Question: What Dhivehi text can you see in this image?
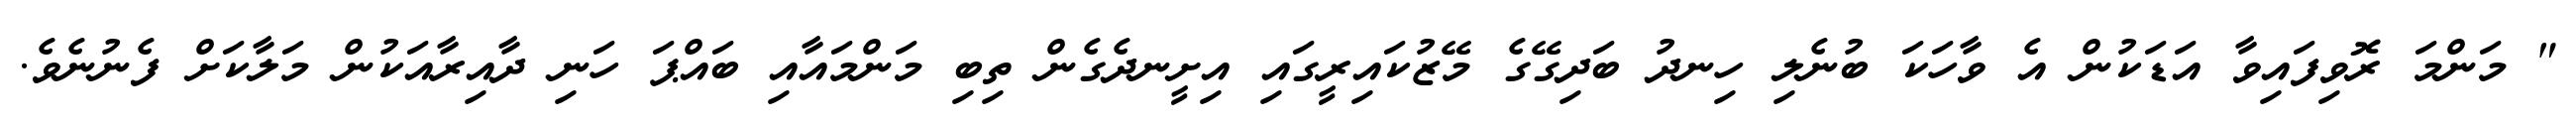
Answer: " މަންމަ ރޮވިފައިވާ އަޑަކުން އެ ވާހަކަ ބުނެލި ހިނދު ބަދިގޭގެ މޭޒުކައިރީގައި އިށީނދެގެން ތިބި މަންމައާއި ބައްޕަ ހަނި ދާއިރާއަކުން މަލާކަށް ފެނުނެވެ.